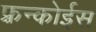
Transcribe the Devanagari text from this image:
फ़्रन्कोईस